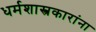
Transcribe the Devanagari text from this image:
धर्मशास्त्रकारांना